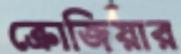
ক্রোজিয়ার